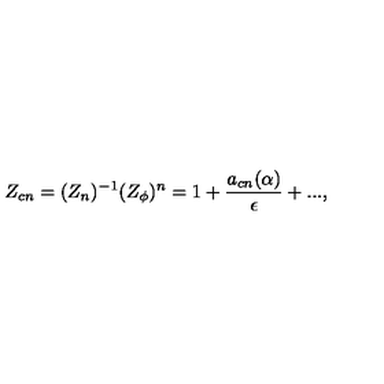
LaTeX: Z _ { c n } = ( { Z } _ { n } ) ^ { - 1 } ( Z _ { \phi } ) ^ { n } = 1 + \frac { a _ { c n } ( \alpha ) } { \epsilon } + . . . ,